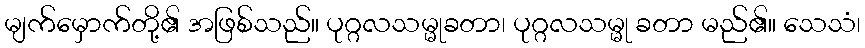
မျက်မှောက်တို့၏ အဖြစ်သည်။ ပုဂ္ဂလသမ္မုခတာ၊ ပုဂ္ဂလသမ္မု ခတာ မည်၏။ သေသံ၊